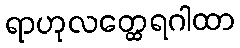
ရာဟုလတ္ထေရဂါထာ